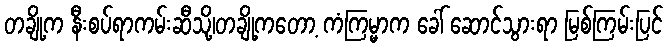
တချို့က နီးစပ်ရာကမ်းဆီသို့၊တချို့ကတော့ ကံကြမ္မာက ခေါ် ဆောင်သွားရာ မြစ်ကြမ်းပြင်